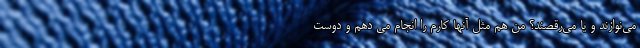
می‌نوازند و یا می‌رقصند؟ من هم مثل آنها کارم را انجام می دهم و دوست